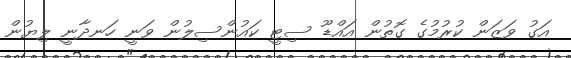
އަގު ވަޒަން ކުރުމުގެ ގޮތުން އައްޑޫ ސިޓީ ކައުންސިލުން ވަނީ ހަނދާނީ ލިޔުން